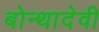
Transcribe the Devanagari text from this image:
बोन्थादेवी